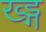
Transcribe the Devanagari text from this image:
ख्ड्ग